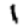
Digit: 1